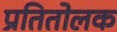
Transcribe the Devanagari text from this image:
प्रतितोलक